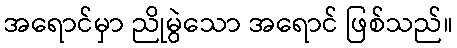
အရောင်မှာ ညိုမွဲသော အရောင် ဖြစ်သည်။